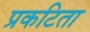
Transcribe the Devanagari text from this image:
प्रकटिता